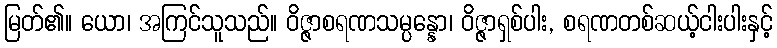
မြတ်၏။ ယော၊ အကြင်သူသည်။ ဝိဇ္ဇာစရဏသမ္ပန္နော၊ ဝိဇ္ဇာရှစ်ပါး, စရဏတစ်ဆယ့်ငါးပါးနှင့်